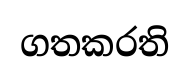
ගතකරති